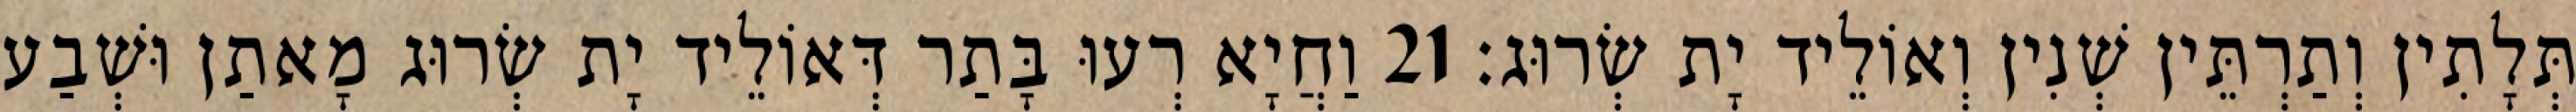
תְּלָתִין וְתַרְתֵּין שְׁנִין וְאוֹלֵיד יָת שְׂרוּג׃ 21 וַחֲיָא רְעוּ בָּתַר דְּאוֹלֵיד יָת שְׂרוּג מָאתַן וּשְׁבַע